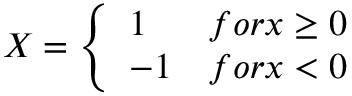
X = \left\{ \begin{array} { l l } { 1 } & { f o r x \ge 0 } \\ { - 1 } & { f o r x < 0 } \end{array} \right.